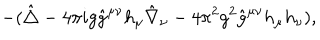
- ( \hat { \triangle } - { 4 \pi i } g \hat { g } ^ { \mu \nu } h _ { \mu } \hat { \nabla } _ { \nu } - { 4 \pi ^ { 2 } } g ^ { 2 } \hat { g } ^ { \mu \nu } h _ { \mu } h _ { \nu } ) ,